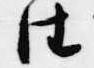
住